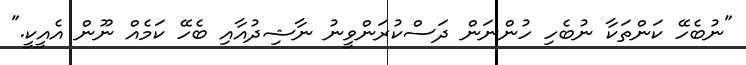
"ނުބެހޭ ކަންތަކާ ނުބެހި ހުންނަން ދަސްކުރަންވީނު ނާޝިދުއާއި ބެހޭ ކަމެއް ނޫން އެއީކީ."